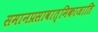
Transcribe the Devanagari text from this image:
समानप्रसावात्मिकाजाति